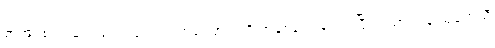
စာအုပ်စာတမ်း ၁၅၀၀ လောက်အကြောင်းကို အနှစ်ချုပ် ရေးပြပြီး ပညာရှင်နဲ့ သုတေသီ